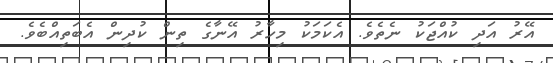
އޭރު އަދި ކުއްޖަކު ނެތެވެ. އެކަމަކު މިހާރު އޭނާގެ ތިން ކުދިން އެބަތިއްބެވެ.